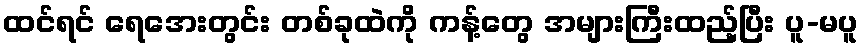
ထင်ရင် ရေအေးတွင်း တစ်ခုထဲကို ကန့်တွေ အများကြီးထည့်ပြီး ပူ-မပူ